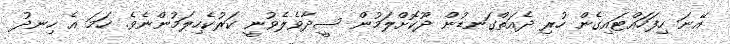
އޭނަ ހިފަހައްޓައިގެން ހުރި ދެއަތްގަނޑުން ދޫކޮށްލަމުން ސީދާވެލެވުނީ ކަރުކެހިލަމުންނެވެ. ހަމަ އެ ހިނދު